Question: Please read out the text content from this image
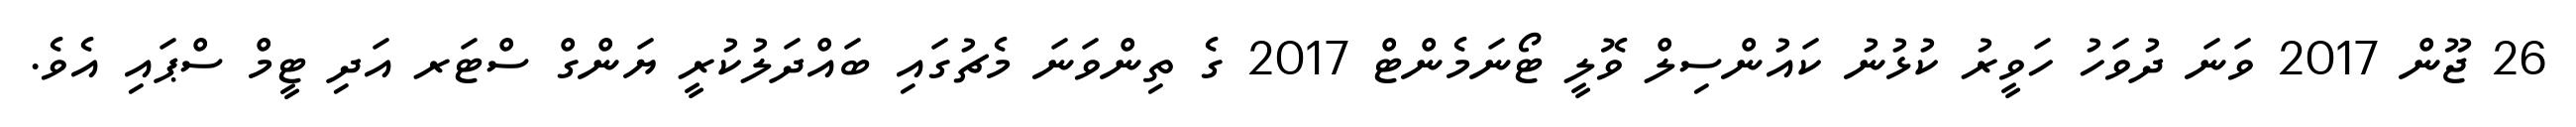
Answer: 26 ޖޫން 2017 ވަނަ ދުވަހު ހަވީރު ކުޅުނު ކައުންސިލް ވޮލީ ޓޯނަމެންޓް 2017 ގެ ތިންވަނަ މެޗުގައި ބައްދަލުކުރީ ޔަންގް ސްޓަރ އަދި ޓީމް ސްޕައި އެވެ.